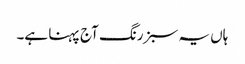
ہاں یہ سبز رنگ آج پہنا ہے۔